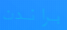
براندن